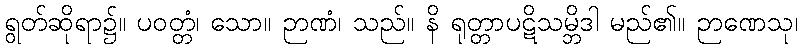
ရွတ်ဆိုရာ၌။ ပဝတ္တံ၊ သော။ ဉာဏံ၊ သည်။ နိ ရုတ္တာပဋိသမ္ဘိဒါ မည်၏။ ဉာဏေသု၊